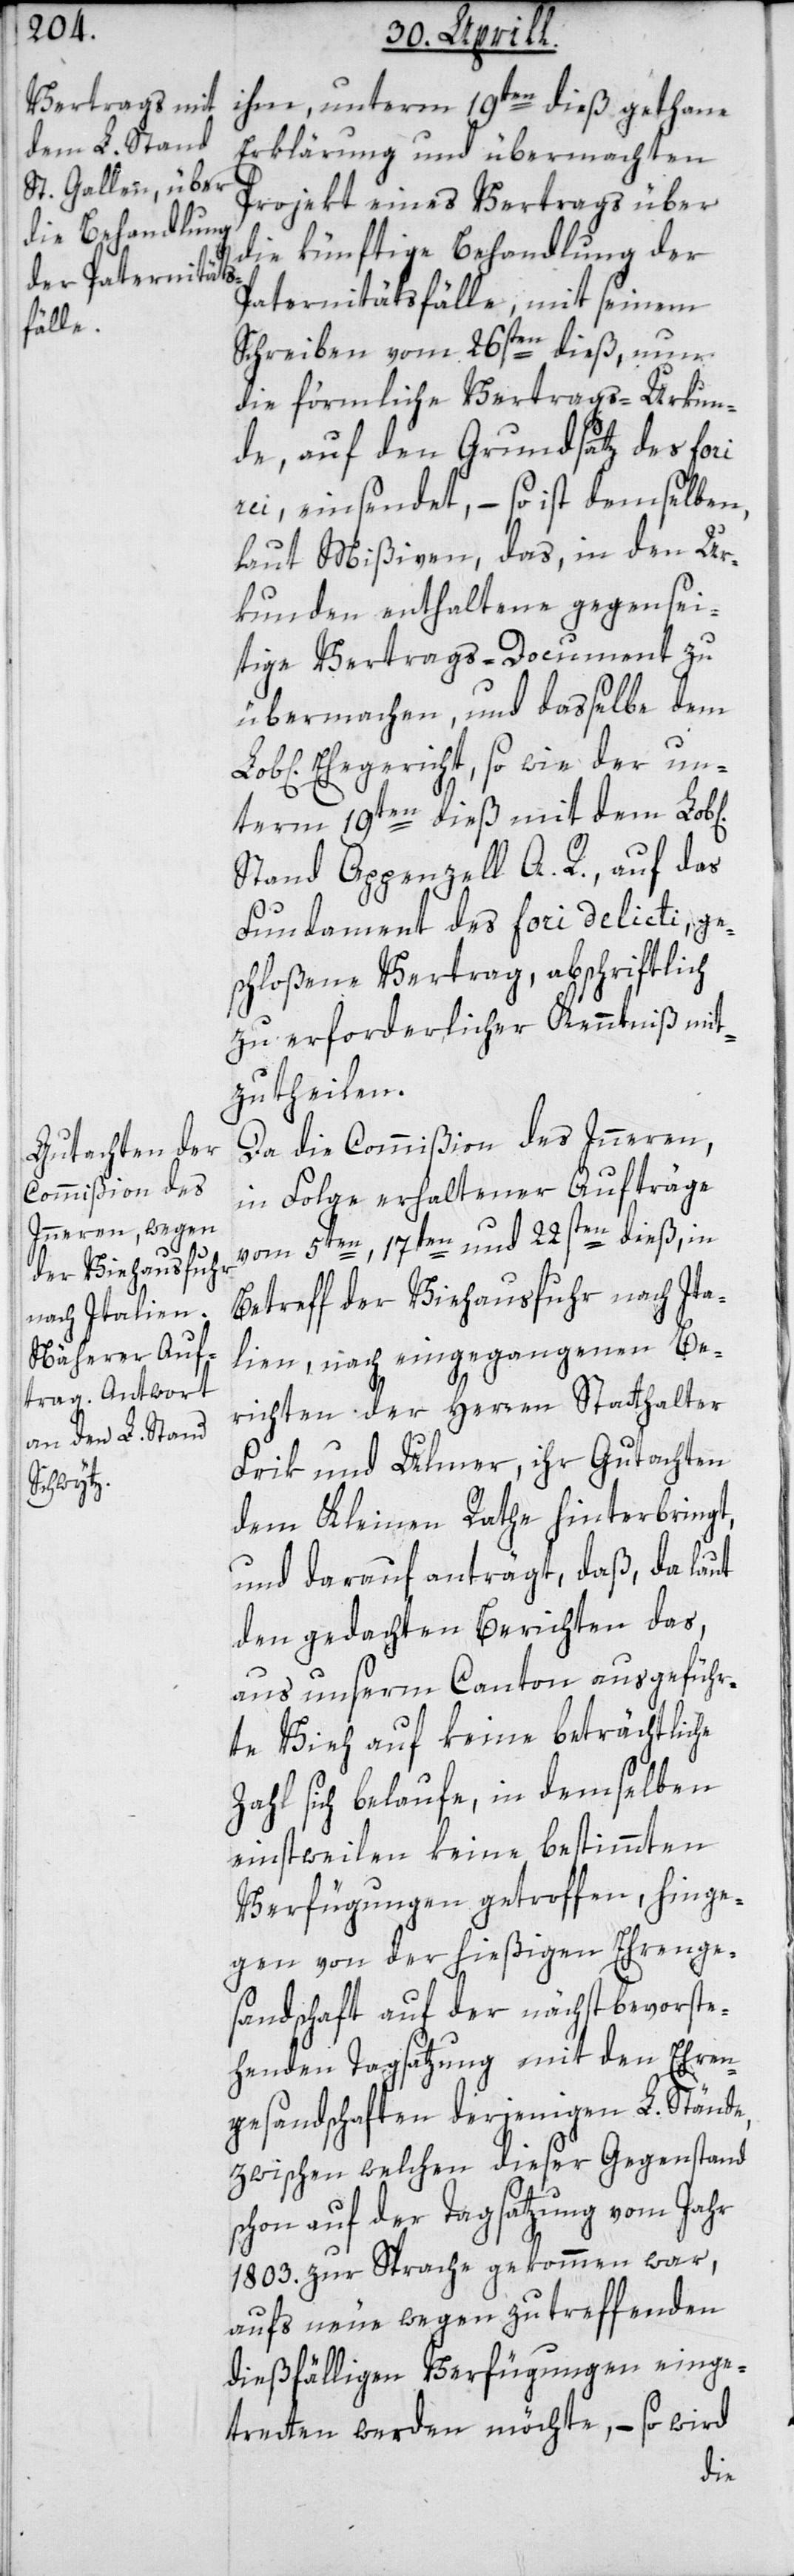
ichen]

ihm, unterm 19ten dieß getane
Erklärung und übermachten
Projekt eines Vertrags über
die künftige Behandlung der
Paternitätsfälle mit seinem
Schreiben vom 26sten dieß, nun
die förmliche Vertrags-Urkun¬
de, auf den Grundsatz des fori
rei einsendet, – so ist demselben
laut Mißiven, das in den Ur¬
kunden enthaltene gegensei¬
tige Vertrags-Document zu
übermachen, und daßelbe dem
Ehegericht, so wie der un¬
term 19ten dieß mit dem Lob[l¬
Stand Appenzell A. R. auf das
Fundament des fori delicti, ge¬
schloßene Vertrag, abschriftlich
zu erforderlicher Kenntniß mit¬
zutheilen.
Da die Commißion des Innern,
in Folge erhaltener Aufträge
vom 5ten, 17ten und 22sten dieß, in
Betreff der Viehausfuhr nach Ita¬
lien, nach eingegangenen Be¬
richten der Herren Statthalter
Frik und Ulmer, ihr Gutachten
dem Kleinen Rathe hinterbringt,
und darauf anträgt, daß, da laut
den gedachten Berichten das,
aus unserm Canton ausgeführ¬
te Vieh auf keine beträchtliche
Zahl sich belaufe, in demselben
einstweilen keine bestimmten
Verfügungen getroffen, hinge¬
gen von der hießigen Ehrenge¬
sandtschaft auf der nächstbevorste¬
henden Tagsatzung mit den Ehren¬
gesandtschaften derjenigen L. Stände,
zwischen welchen dieser Gegenstand
schon auf der Tagsatzung vom Jahr
1803. zur Sprache gekommen war,
aufs neue wegen zutreffenden
dießfälligen Verfügungen einge¬
tretten werden möchte, – so wird